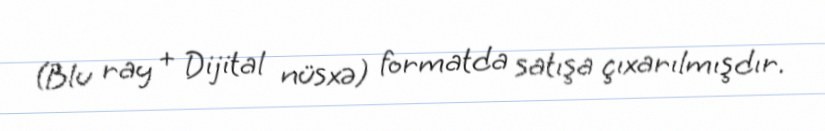
(Blu ray + Dijital nüsxə) formatda satışa çıxarılmışdır.